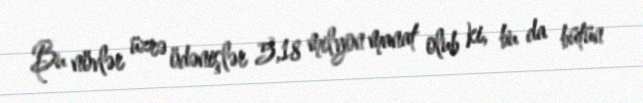
Bu növlər üzrə ödənişlər 5,18 milyon manat olub ki, bu da bütün